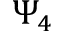
\Psi _ { 4 }